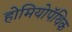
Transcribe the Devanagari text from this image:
होमियोपॅथिक